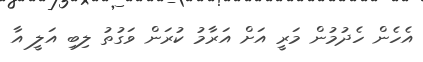
އެހެން ހެދުމުން މަރީ އަށް އަރާމު ކުރަން ވަގުތު ލިބި އަލީ އާ